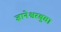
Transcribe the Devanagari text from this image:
ज्ञानेश्वरबुवा